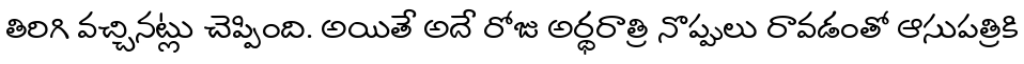
తిరిగి వచ్చినట్లు చెప్పింది. అయితే అదే రోజు అర్థరాత్రి నొప్పులు రావడంతో ఆసుపత్రికి